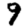
Digit: 9